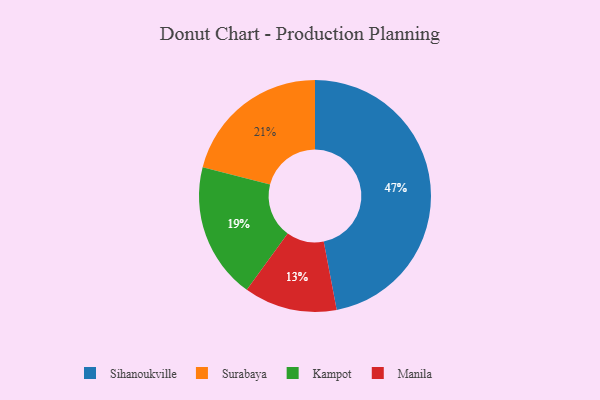
{"axis": {"x": "Category", "y": "Percentage"}, "legend": ["Kampot", "Manila", "Sihanoukville", "Surabaya"], "data": [{"x": "Surabaya", "y": 21, "type": "Surabaya"}, {"x": "Kampot", "y": 19, "type": "Kampot"}, {"x": "Sihanoukville", "y": 47, "type": "Sihanoukville"}, {"x": "Manila", "y": 13, "type": "Manila"}]}